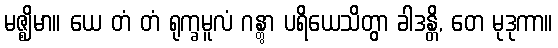
မဇ္ဈိမာ။ ယေ တံ တံ ရုက္ခမူလံ ဂန္တွာ ပရိယေသိတွာ ခါဒန္တိ, တေ မုဒုကာ။